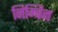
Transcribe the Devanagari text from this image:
निम्बिन